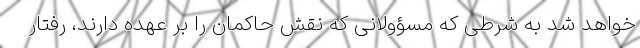
خواهد شد به شرطی که مسؤولانی که نقش حاکمان را بر عهده دارند، رفتار